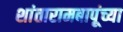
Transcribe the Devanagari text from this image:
शांतारामबापूंच्या